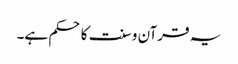
یہ قرآن و سنت کا حکم ہے۔